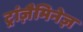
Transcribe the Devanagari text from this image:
ट्रांज़ैमिनेज़